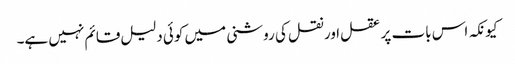
کیونکہ اس بات پر عقل اور نقل کی روشنی میں کوئی دلیل قائم نہیں ہے۔